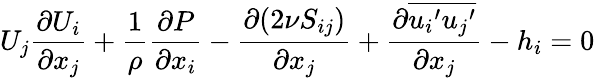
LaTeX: U_{j}\frac{\partial U_{i}}{\partial x_{j}}+\frac{1}{\rho}\frac{\partial P}{\partial x_{i}}-\frac{\partial(2\nu S_{ij})}{\partial x_{j}}+\frac{\partial\overline{{{u_{i}}^{\prime}{u_{j}}^{\prime}}}}{\partial x_{j}}-h_{i}=0